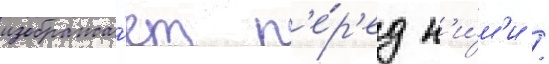
изобража́ет п'е́р'ед н'и́м'и /